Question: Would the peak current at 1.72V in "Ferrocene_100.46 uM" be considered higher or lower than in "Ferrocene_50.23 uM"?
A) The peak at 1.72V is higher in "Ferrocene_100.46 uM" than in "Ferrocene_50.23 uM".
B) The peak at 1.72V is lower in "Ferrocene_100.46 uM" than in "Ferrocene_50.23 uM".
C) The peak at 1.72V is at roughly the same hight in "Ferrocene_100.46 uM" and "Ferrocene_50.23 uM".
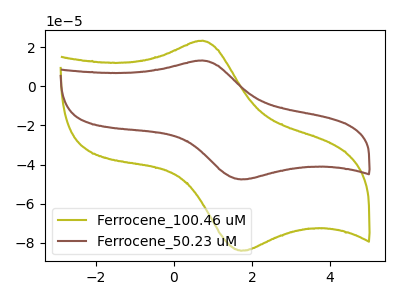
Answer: <think>The olive curve "Ferrocene_100.46 uM" has an anodic peak at (0.70V, 23.30uA) and a cathodic peak at (1.70V, -84.05uA). The brown curve "Ferrocene_50.23 uM" has an anodic peak at (0.70V, 13.20uA) and a cathodic peak at (1.70V, -47.60uA).</think>
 <answer>A) The peak at 1.72V is higher in "Ferrocene_100.46 uM" than in "Ferrocene_50.23 uM".</answer>
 <eval>A</eval>